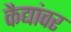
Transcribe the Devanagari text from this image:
कैद्यांवर